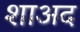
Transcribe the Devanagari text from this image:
शाअद